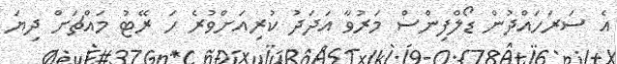
އެ ސަރަހައްދުން ޑޯލްފިންސް މަރުވާ އަދަދު ކުރިއަށްވުރެ ހަ ރޭޓު މައްޗަށް ދިޔަ